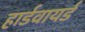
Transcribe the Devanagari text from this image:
हार्डवायर्ड